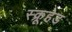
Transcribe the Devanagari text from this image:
स्क्रूहेड